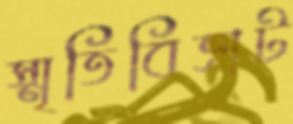
স্মৃতিবিভ্রাট